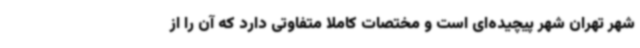
شهر تهران شهر پیچیده‌ای است و مختصات کاملا متفاوتی دارد که آن را از